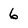
Character: 6